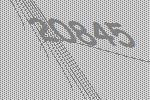
20845